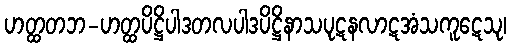
ဟတ္ထတဘ-ဟတ္ထပိဋ္ဌိပါဒတလပါဒပိဋ္ဌိနာသပုဋနလာဋအံသကူဋေသု၊